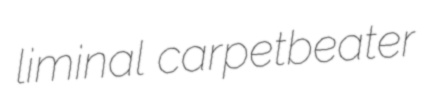
liminal carpetbeater